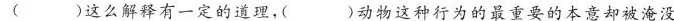
( )这么解释有一定的道理，( )动物这种行为的最重要的本意却被淹没